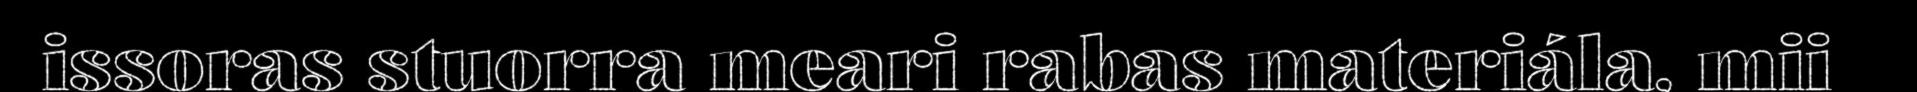
issoras stuorra meari rabas materiála, mii